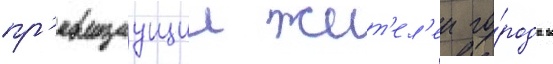
пр'евращаущии жит'ел'еи го́рода в